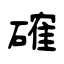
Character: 確